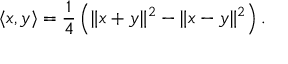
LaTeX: \langle x , y \rangle = { \frac { 1 } { 4 } } \left( \| x + y \| ^ { 2 } - \| x - y \| ^ { 2 } \right) .